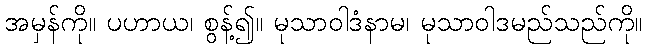
အမှန်ကို။ ပဟာယ၊ စွန့်၍။ မုသာဝါဒံနာမ၊ မုသာဝါဒမည်သည်ကို။